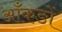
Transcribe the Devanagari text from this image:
आँकङों